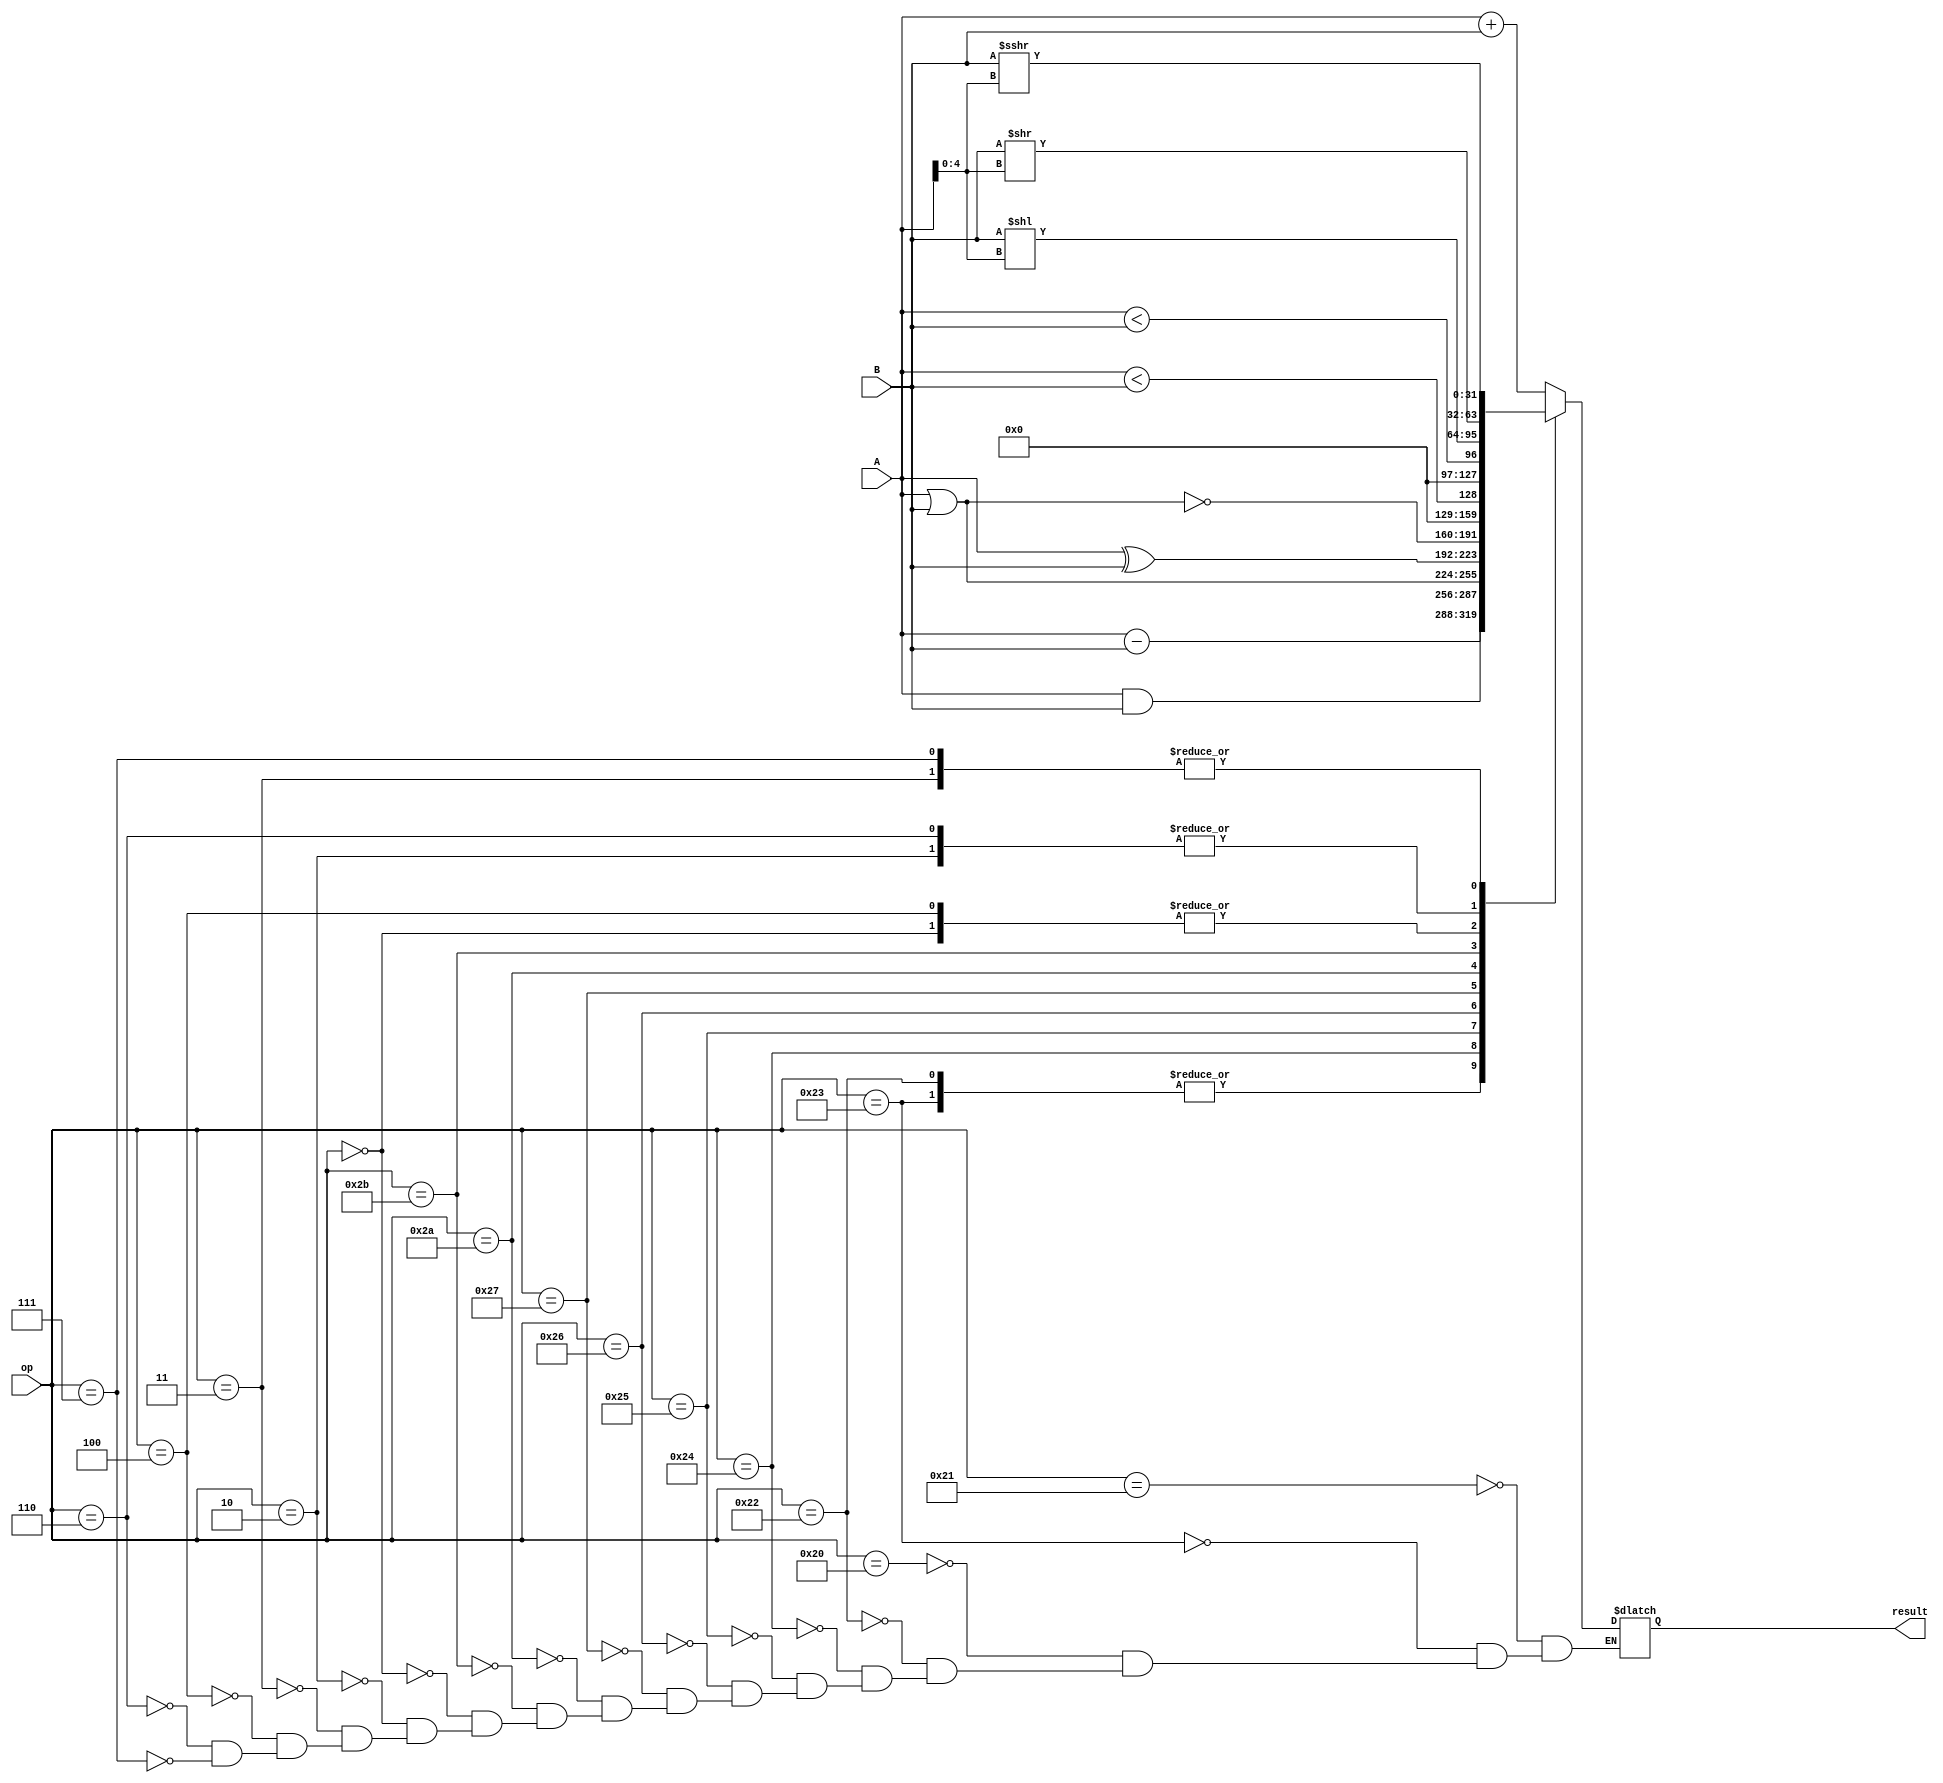
`timescale 1ns / 1ps
//////////////////////////////////////////////////////////////////////////////////
// Company: 
// Engineer: 
// 
// Design Name: 
// Module Name: 
// Project Name: 
// Target Devices: 
// Tool Versions: 
// Description: 
// 
// Dependencies: 
// 
// Revision:
// Revision 0.01 - File Created
// Additional Comments:
// 
//////////////////////////////////////////////////////////////////////////////////


module alu(
    A,B,op,result//,zero
    );
    input [31:0] A,B;
    input [5:0] op;
    output [31:0] result;
    //output zero;
    reg [31:0] r;
    always@(*) begin
    case(op) 
    6'b100001:r=A+B;
    6'b100011:r=A-B;
    6'b100000:r=A+B;
    6'b100010:r=A-B;
    6'b100100:r=A&B;
    6'b100101:r=A|B;
    6'b100110:r=A^B;
    6'b100111:r=~(A|B);
    6'b101010:r=($signed(A)<$signed(B));
    6'b101011:r=(A<B);
    6'b000000:r=B<<A[4:0];
    6'b000010:r=B>>A[4:0];
    6'b000011:r=$signed(B)>>>A[4:0];
    6'b000100:r=B<<A[4:0];
    6'b000110:r=B>>A[4:0];
    6'b000111:r=$signed(B)>>>A[4:0];
    endcase
    end
    assign result=r;
    //assign zero=(result==32'b0)?1:0;
endmodule